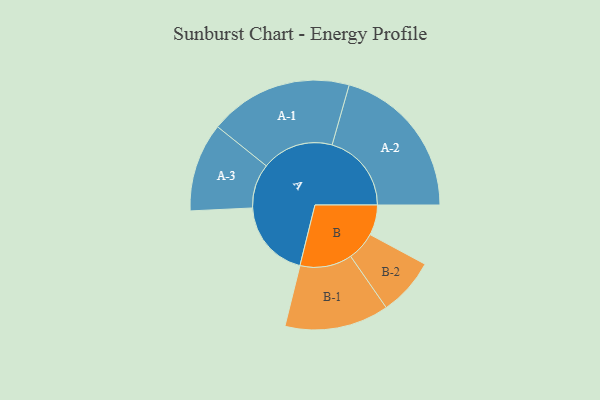
{"axis": {"x": "Segment", "y": "Value"}, "legend": ["", "A", "B"], "data": [{"x": "A", "y": 283, "type": ""}, {"x": "B", "y": 109, "type": ""}, {"x": "A-1", "y": 259, "type": "A"}, {"x": "A-2", "y": 286, "type": "A"}, {"x": "A-3", "y": 160, "type": "A"}, {"x": "B-1", "y": 188, "type": "B"}, {"x": "B-2", "y": 104, "type": "B"}]}